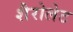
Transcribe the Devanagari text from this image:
शैरोलेट